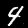
Label: 4